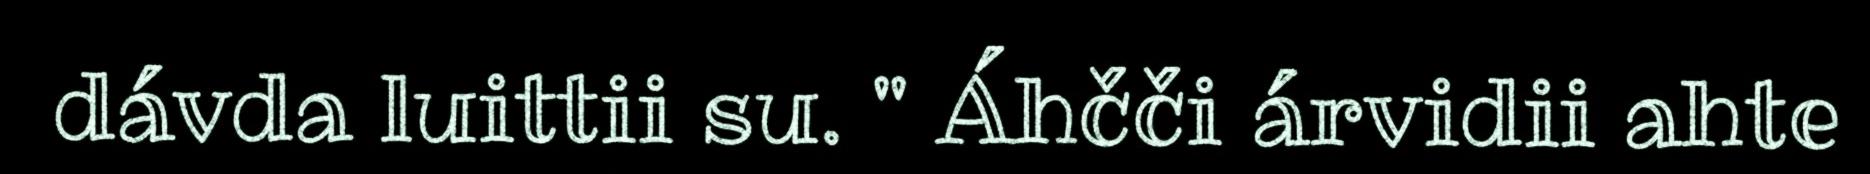
dávda luittii su. " Áhčči árvidii ahte